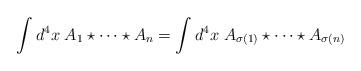
LaTeX: \begin{align*}\int d^4x\;A_1\star\cdots \star A_n=\int d^4x\;A_{\sigma(1)}\star\cdots\star A_{\sigma(n)}\end{align*}